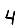
Digit: 4